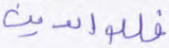
فللوالدين